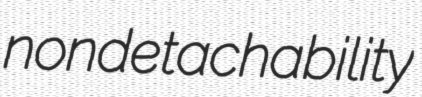
nondetachability